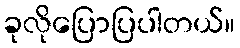
ခုလိုပြောပြပါတယ်။